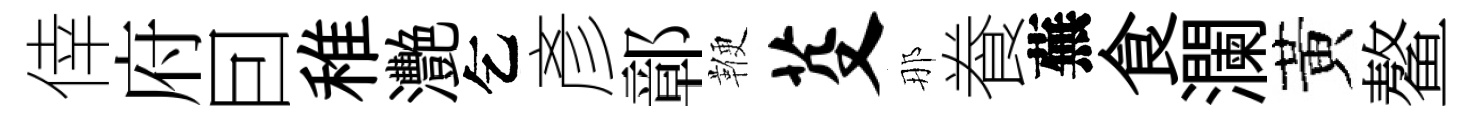
倖府囙稚灧乞彥鄣鞭芟那飬蕪食瀾黃鳌